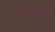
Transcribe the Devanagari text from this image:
हास्यास्पक